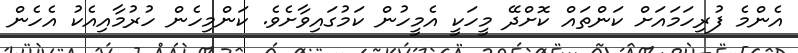
އެންމެ ފުރިހަމައަށް ކަންތައް ކޮށްދޭ މީހަކީ އެމީހުން ކަމުގައިވާށެވެ. ކަންމިހެން ހުރުމާއިއެކު އެހެން